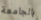
بالجامعة